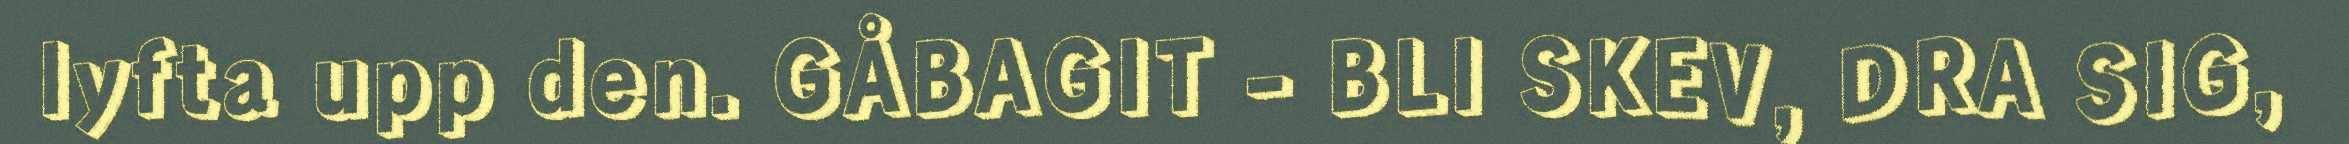
lyfta upp den. GÅBAGIT - BLI SKEV, DRA SIG,